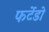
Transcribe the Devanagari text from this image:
फर्टेडो